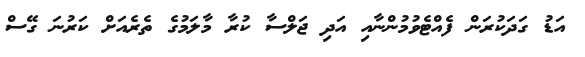
އަޑު ގަދަކުރަން ފެއްޓެވުމުންނާއި އަދި ޖަލްސާ ކުރާ މާލަމުގެ ތެރެއަށް ކަރުނަ ގޭސް